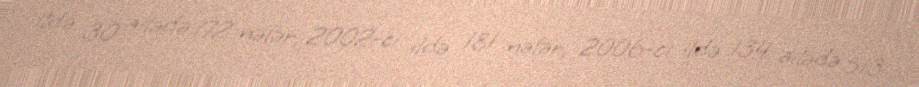
ildə 30 ailədə 172 nəfər, 2002-ci ildə 181 nəfər, 2006-ci ildə 134 ailədə 513